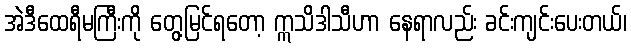
အဲဒီထေရီမကြီးကို တွေ့မြင်ရတော့ ဣသိဒါသီဟာ နေရာလည်း ခင်းကျင်းပေးတယ်၊